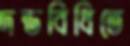
দন্ডবিধিতে